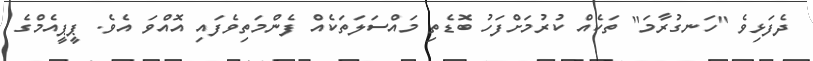
ދެފަޅިވެ "ހަނގުރާމަ" ތަކެއް ކުރުމަށްފަހު ބޮޑެތި މައްސަލަތަކެއް ފެންމަތިވެފައި އޮއްވަ އެވެ. ޕީޕީއެމްގެ